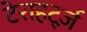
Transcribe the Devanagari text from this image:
टेराहर्ट्ज़